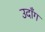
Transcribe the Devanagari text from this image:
उदाँग